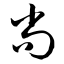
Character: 尚